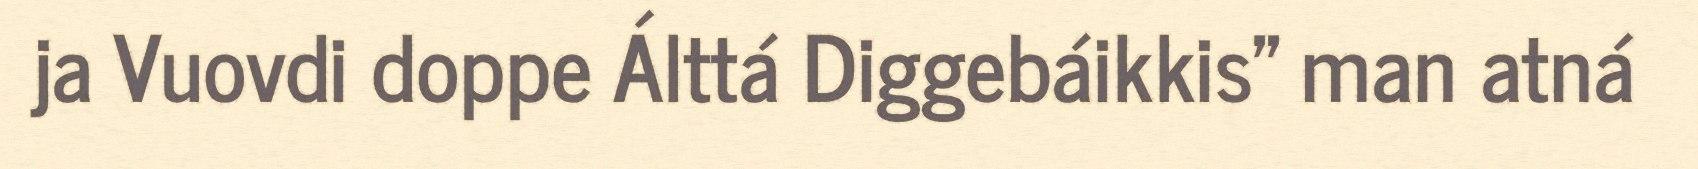
ja Vuovdi doppe Álttá Diggebáikkis" man atná